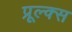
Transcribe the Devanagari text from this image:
प्रूल्क्स